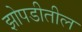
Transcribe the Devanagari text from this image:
झोपडीतील